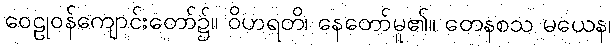
ဝေဠုဝန်ကျောင်းတော်၌။ ဝိဟရတိ၊ နေတော်မူ၏။ တေနစသ မယေန၊